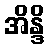
အိန္ဒိ